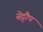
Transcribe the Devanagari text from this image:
सेट्टौप